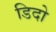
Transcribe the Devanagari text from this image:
डिदो